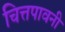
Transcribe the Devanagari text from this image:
चित्तपावनी